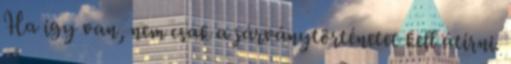
Ha így van, nem csak a járványtörténetet kell átírni.